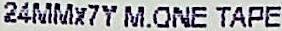
24MMX7Y M.ONE TAPE